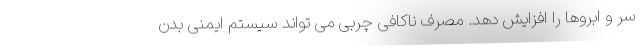
سر و ابروها را افزایش دهد. مصرف ناکافی چربی می تواند سیستم ایمنی بدن